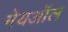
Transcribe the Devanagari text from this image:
मेयऑल